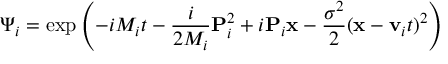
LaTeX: \Psi _ { i } = \exp \left( - i M _ { i } t - \frac { i } { 2 M _ { i } } { \bf P } _ { i } ^ { 2 } + i { \bf P } _ { i } { \bf x } - \frac { \sigma ^ { 2 } } { 2 } ( { \bf x } - { \bf v } _ { i } t ) ^ { 2 } \right)